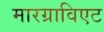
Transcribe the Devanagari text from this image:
मारग्राविएट